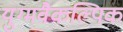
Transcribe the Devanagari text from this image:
युग्मवैकल्पिक